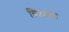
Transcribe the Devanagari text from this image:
चित्रमान